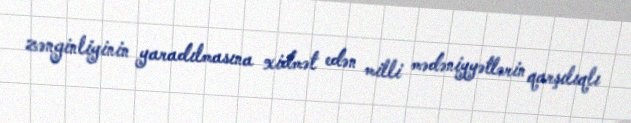
zənginliyinin yaradılmasına xidmət edən milli mədəniyyətlərin qarşılıqlı